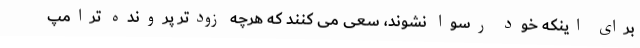
برای اینکه خود رسوا نشوند، سعی می کنند که هرچه زودتر پرونده ترامپ